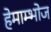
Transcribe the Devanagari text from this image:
हेमाम्भोज